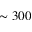
\sim 3 0 0